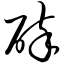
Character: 碎